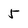
Character: 5